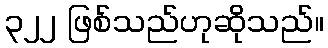
၃၂၂ ဖြစ်သည်ဟုဆိုသည်။